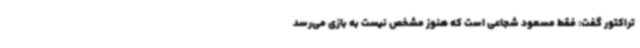
تراکتور گفت: فقط مسعود شجاعی است که هنوز مشخص نیست به بازی می‌رسد